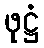
ဖုဋ္ဌံ